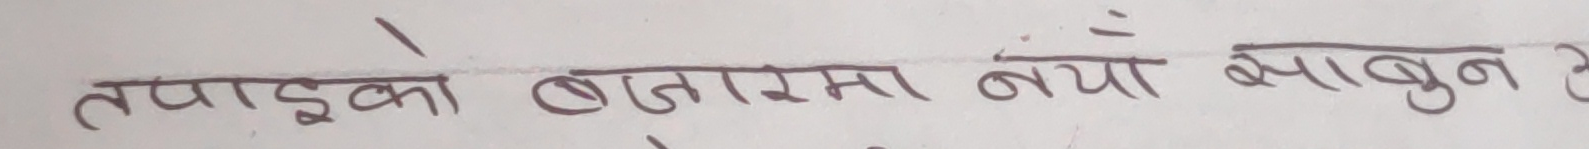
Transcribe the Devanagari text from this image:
तपाईको बजारमा नयाँ साबुन छ